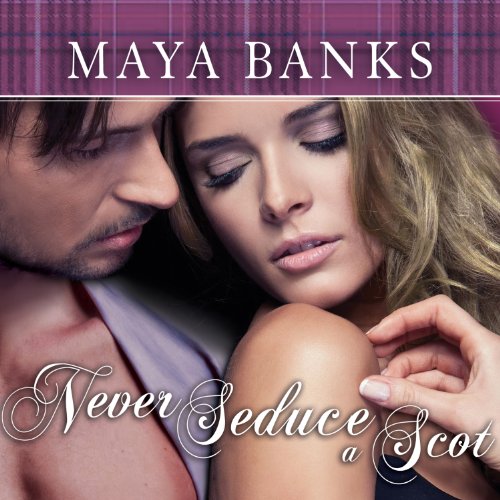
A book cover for Never Seduce a Scot: Montgomerys and Armstrongs, Book 1; Maya Banks; Romance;